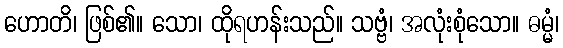
ဟောတိ၊ ဖြစ်၏။ သော၊ ထိုရဟန်းသည်။ သဗ္ဗံ၊ အလုံးစုံသော။ ဓမ္မံ၊